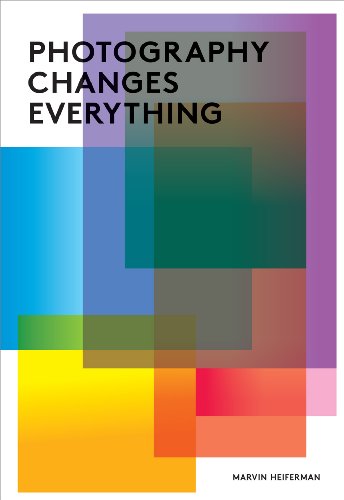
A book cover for Photography Changes Everything; Arts & Photography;